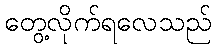
တွေ့လိုက်ရလေသည်